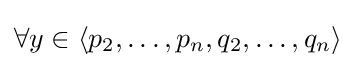
{\textstyle \forall y\in \langle p_{2},\dots ,p_{n},q_{2},\dots ,q_{n}\rangle }